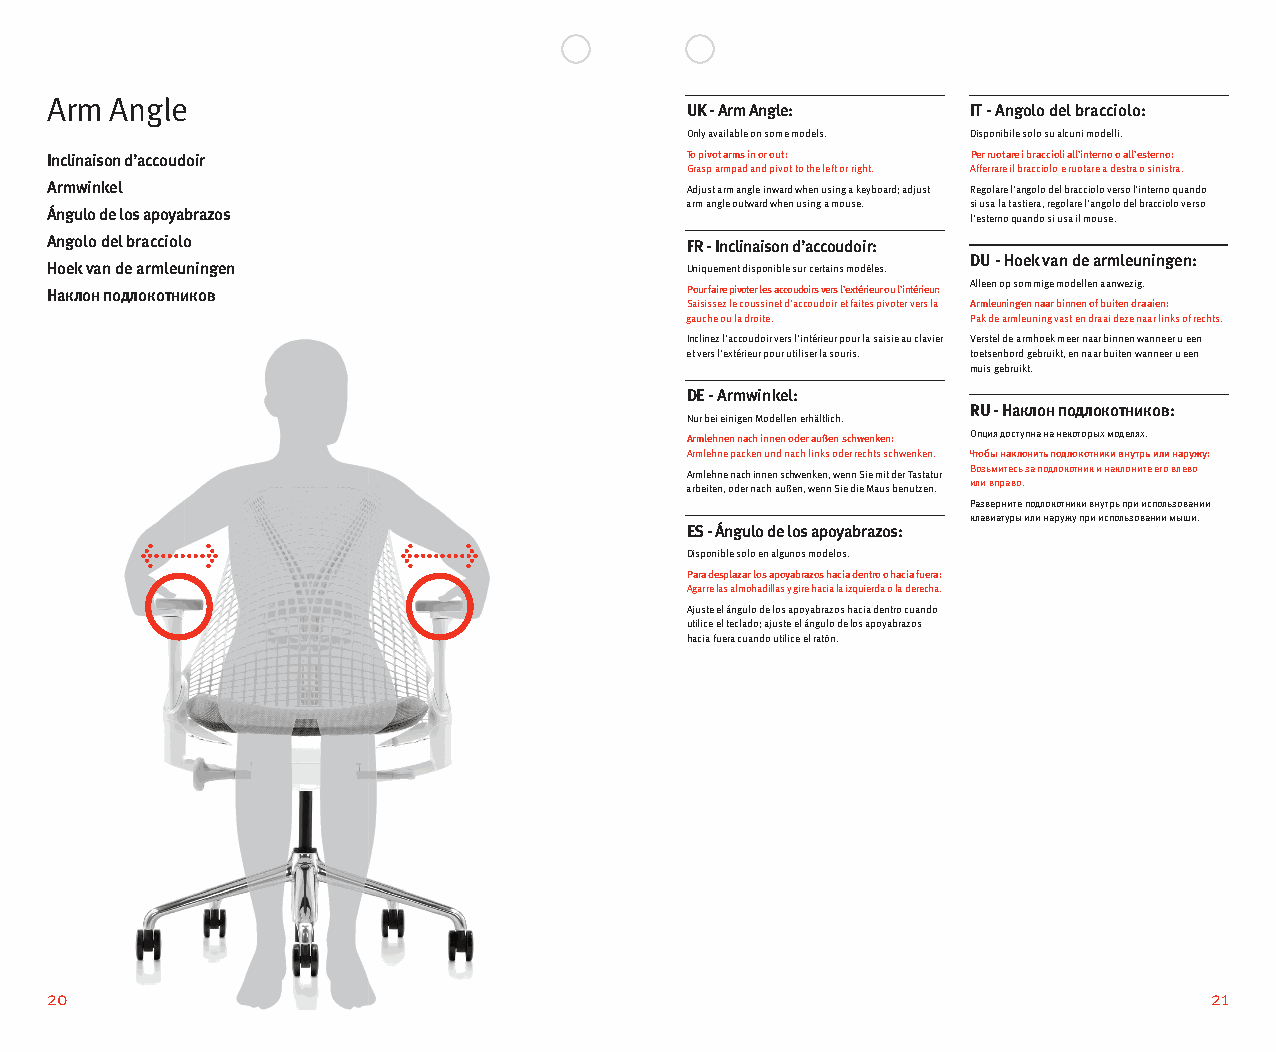
Arm Angle
 UK - Arm Angle:    IT - Angolo del bracciolo:
 Only available on some models. Disponibile solo su alcuni modelli.
 Inclinaison d’accoudoir                   To pivot arms in or out: Per ruotare i braccioli all’interno o all’esterno:
 Grasp armpad and pivot to the left or right. Afferrare il bracciolo e ruotare a destra o sinistra.
 Armwinkel                                 Adjust arm angle inward when using a keyboard; adjust Regolare l’angolo del bracciolo verso l’interno quando
 arm angle outward when using a mouse. si usa la tastiera, regolare l’angolo del bracciolo verso
 Ángulo de los apoyabrazos
 l’esterno quando si usa il mouse.
 Angolo del bracciolo                      FR - Inclinaison d’accoudoir:
 DU - Hoek van de armleuningen:
 Hoek van de armleuningen                  Uniquement disponible sur certains modèles.
 Наклон подлокотников                      Pour faire pivoter les accoudoirs vers l’extérieur ou l’intérieur: Alleen op sommige modellen aanwezig.
 Saisissez le coussinet d’accoudoir et faites pivoter vers la Armleuningen naar binnen of buiten draaien:
 gauche ou la droite. Pak de armleuning vast en draai deze naar links of rechts.
 Inclinez l’accoudoir vers l’intérieur pour la saisie au clavier Verstel de armhoek meer naar binnen wanneer u een
 et vers l’extérieur pour utiliser la souris. toetsenbord gebruikt, en naar buiten wanneer u een
 muis gebruikt.
 DE - Armwinkel:
 RU - Наклон подлокотников:
 Nur bei einigen Modellen erhältlich.
 Armlehnen nach innen oder außen schwenken: Опция доступна на некоторых моделях.
 Armlehne packen und nach links oder rechts schwenken. Чтобы наклонить подлокотники внутрь или наружу:
 Armlehne nach innen schwenken, wenn Sie mit der Tastatur Возьмитесь за подлокотник и наклоните его влево
 arbeiten, oder nach außen, wenn Sie die Maus benutzen. или вправо.
 Разверните подлокотники внутрь при использовании
 клавиатуры или наружу при использовании мыши.
 ES - Ángulo de los apoyabrazos:
 Disponible solo en algunos modelos.
 Para desplazar los apoyabrazos hacia dentro o hacia fuera:
 Agarre las almohadillas y gire hacia la izquierda o la derecha.
 Ajuste el ángulo de los apoyabrazos hacia dentro cuando
 utilice el teclado; ajuste el ángulo de los apoyabrazos
 hacia fuera cuando utilice el ratón.
 20                                                                           21